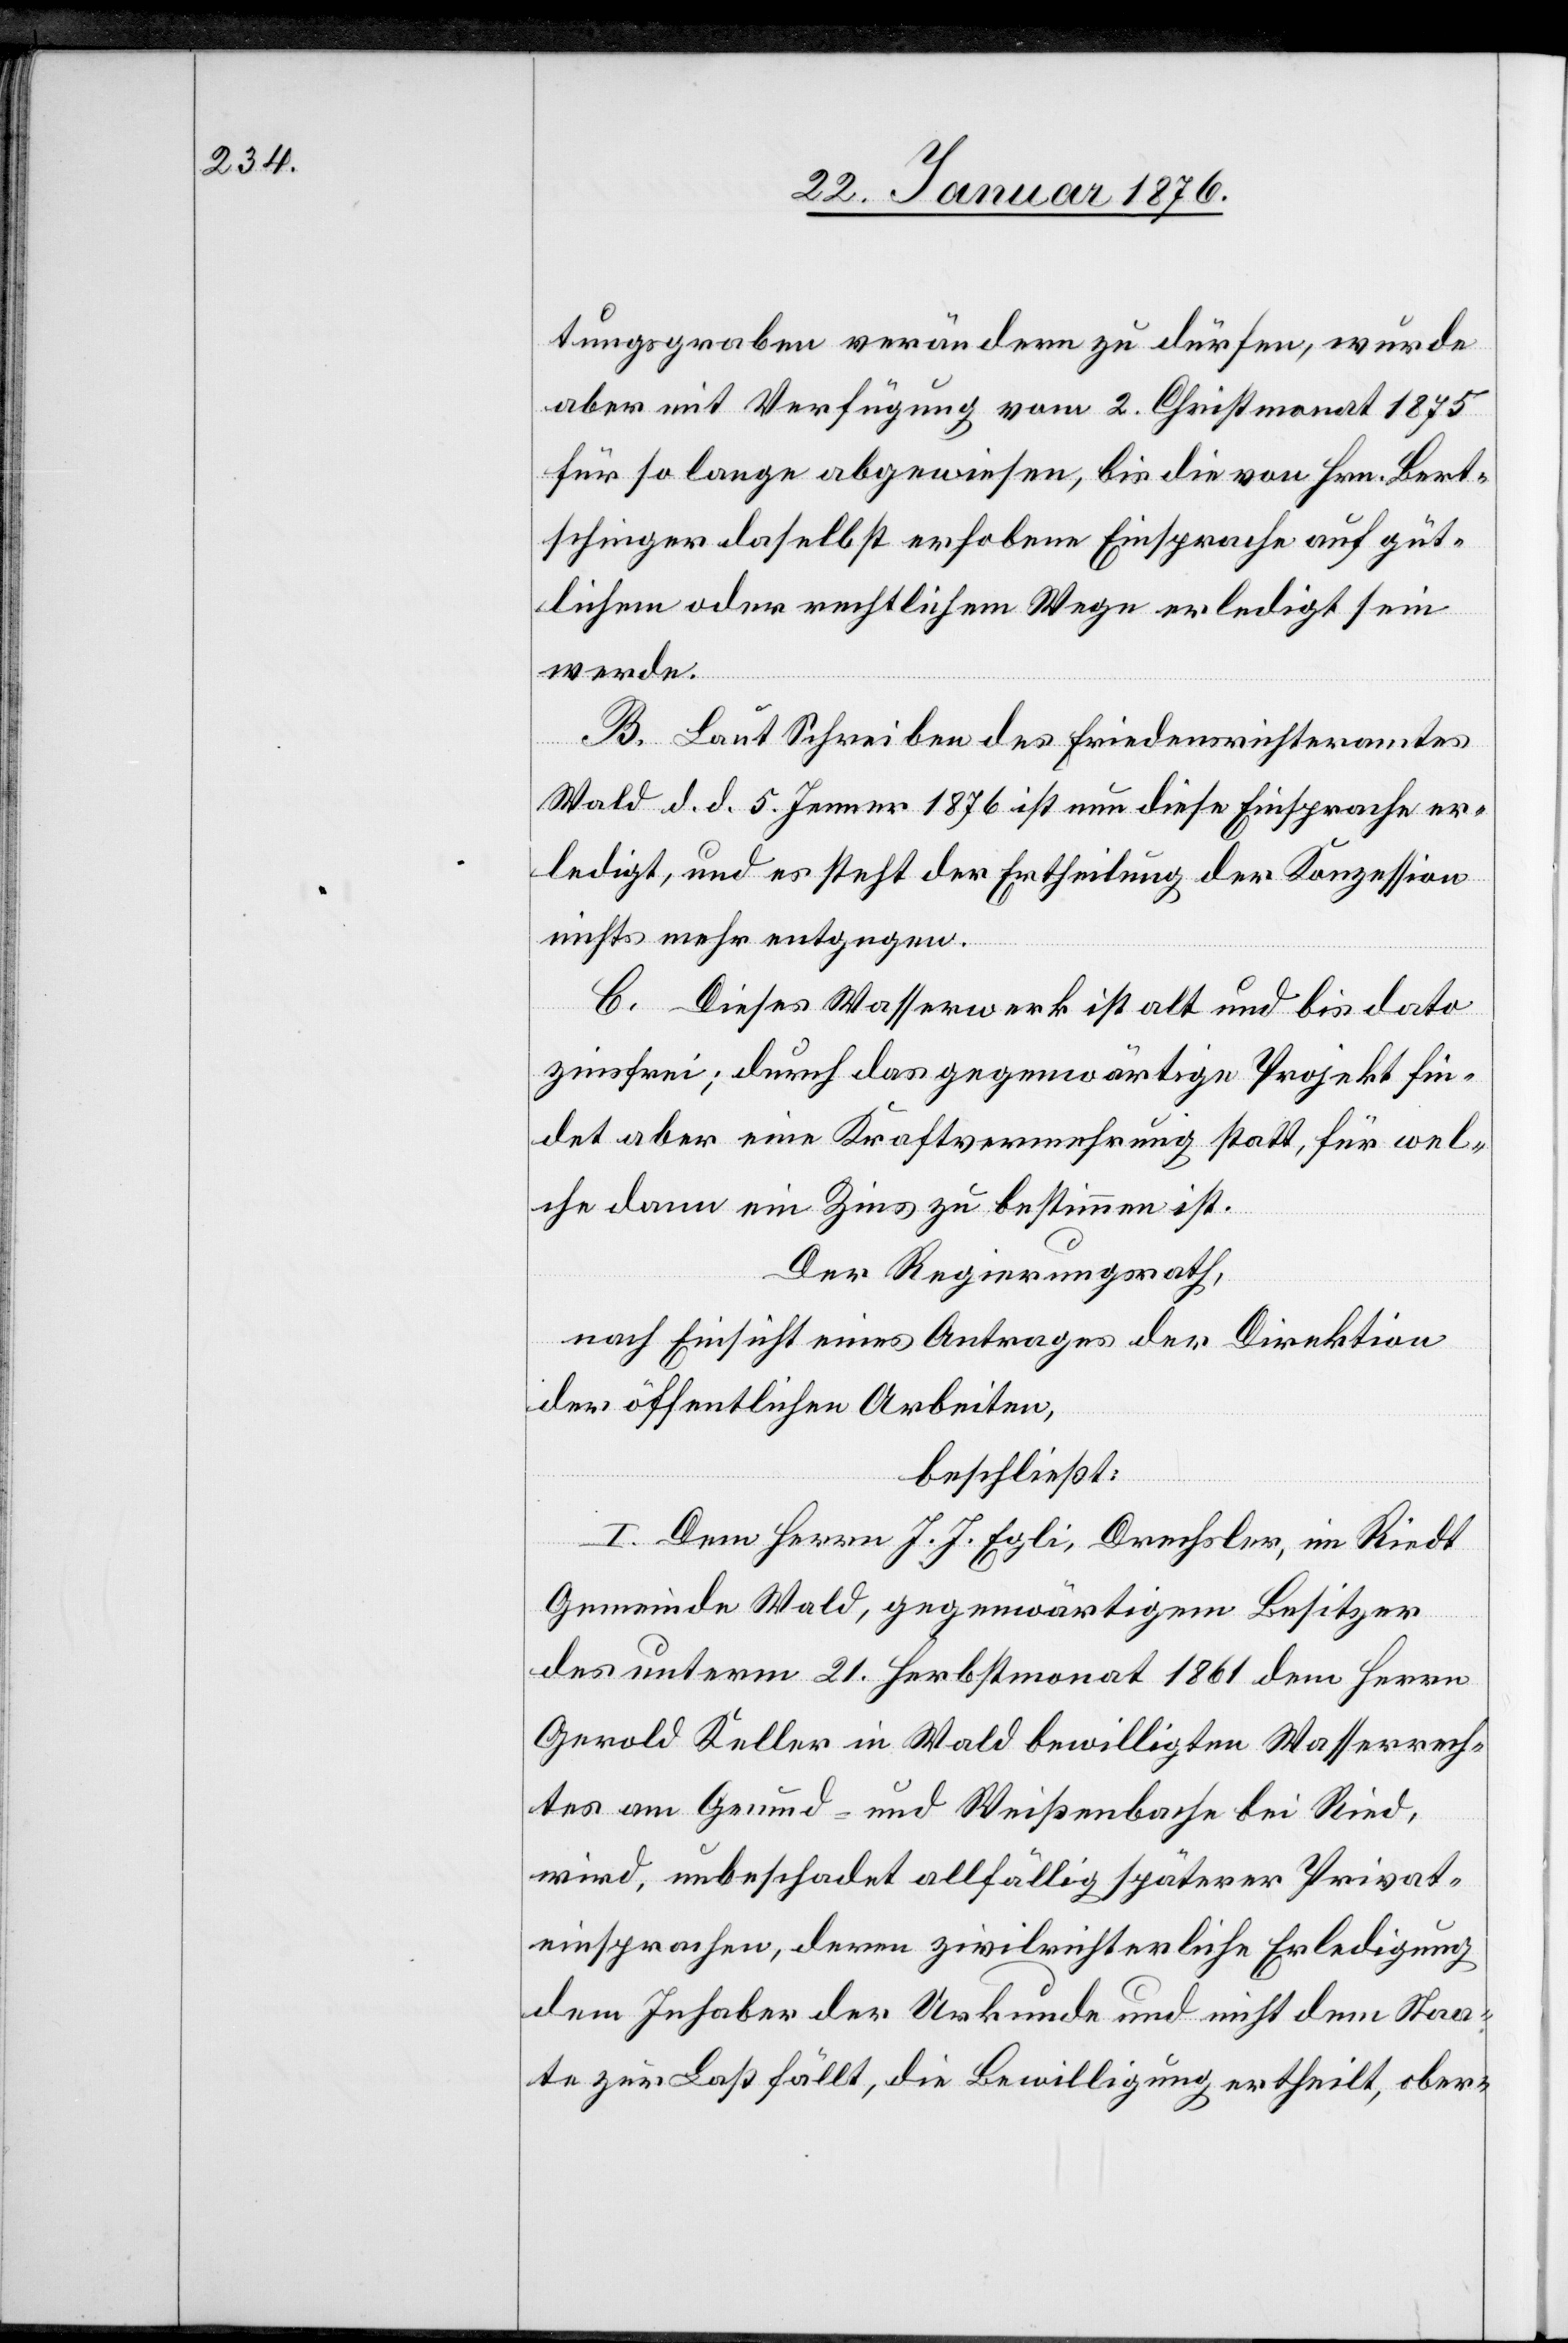
tungsgraben verändern zu dürfen, wurde
aber mit Verfügung vom 2. Christmonat 1875
für so lange abgewiesen, bis die von Hrn. Bert¬
schinger daselbst erhobene Einsprache auf güt¬
lichem oder rechtlichem Wege erledigt sein
werde.
B. Laut Schreiben des Friedensrichteramtes
Wald d. d. 5. Jenner 1876 ist nun diese Einsprache er¬
ledigt, und es steht der Ertheilung der Konzession
nichts mehr entgegen.
C. Dieses Wasserwerk ist alt und bis dato
zinsfrei; durch das gegenwärtig Projekt fin¬
det aber eine Kraftvermehrung statt, für wel¬
che dann ein Zins zu bestimmen ist.
Der Regierungsrath,
nach Einsicht eines Antrages der Direktion
der öffentlichen Arbeiten,
beschließt:
I. Dem Herrn J. J. Egli, Drechsler, im Riedt
Gemeinde Wald, gegenwärtigem Besitzer
des unterm 21. Herbstmonat 1861 dem Herrn
Gerold Keller in Wald bewilligten Wasserrech¬
tes am Grund- und Weißenbache bei Ried,
wird, unbeschadet allfällig späterer Privat¬
einsprachen, deren zivilrichterliche Erledigung
dem Inhaber der Urkunde und nicht dem Staa¬
te zur Last fällt, die Bewilligung ertheilt, ober-